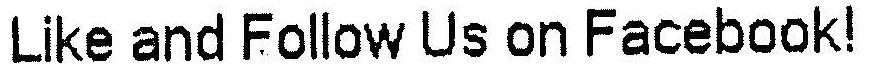
LIKE AND FOLLOW US ON FACEBOOK!